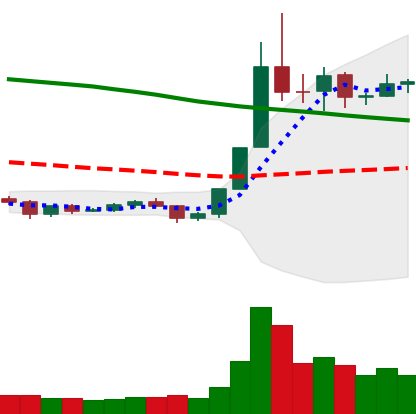
Ticker: NEO-USD
Chart end date: 2019-11-03
Forward return: -3.672%
Label: down_3_5